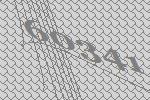
60341